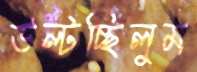
উল্‌টচ্ছিলুম